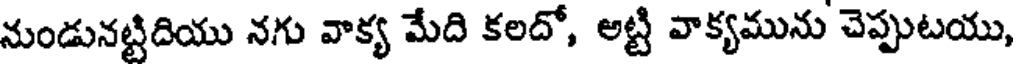
నుండునట్టిదియు నగు వాక్య మేది కలదో, అట్టి వాక్యమును చెప్పుటయు,